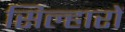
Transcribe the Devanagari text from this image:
सिल्हारों